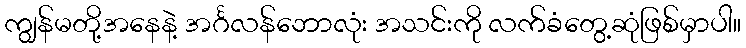
ကျွန်မတို့အနေနဲ့ အင်္ဂလန်ဘောလုံး အသင်းကို လက်ခံတွေ့ဆုံဖြစ်မှာပါ။